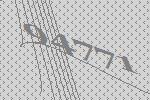
94771